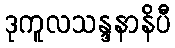
ဒုကူလသန္ဒနာနိပီ